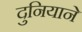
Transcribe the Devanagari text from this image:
दुनियाने